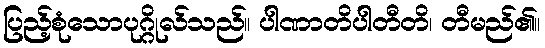
ပြည့်စုံသောပုဂ္ဂိုလ်သည်။ ပါဏာတိပါတီတိ၊ တီမည်၏။